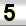
Digit: 5